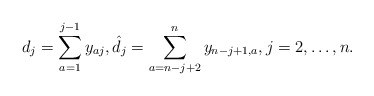
\begin{align*}d_{j}=\sum_{a=1}^{j-1} y_{aj}, {\hat d}_{j}=\sum_{a=n-j+2}^{n} y_{n-j+1,a}, j=2,\ldots,n.\end{align*}